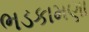
ભડકામણા